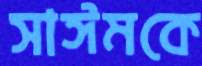
সাঈমকে